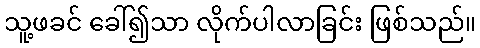
သူ့ဖခင် ခေါ်၍သာ လိုက်ပါလာခြင်း ဖြစ်သည်။